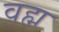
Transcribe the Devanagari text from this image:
वह्म